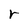
Character: r